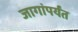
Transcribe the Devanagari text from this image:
जागांपर्यंत